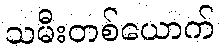
သမီးတစ်ယောက်